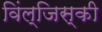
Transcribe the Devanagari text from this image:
विंल्जिस्की